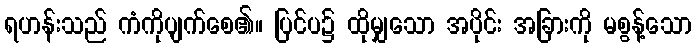
ရဟန်းသည် ကံကိုပျက်စေ၏။ ပြင်ပ၌ ထိုမျှသော အပိုင်း အခြားကို မစွန့်သော